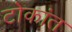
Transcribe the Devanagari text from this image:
टोकांत